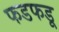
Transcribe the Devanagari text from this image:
फडफडू